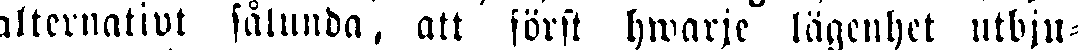
alternativt sålunba, alt först hwarje lägenhet utbju-